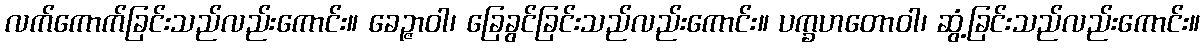
လက်ကောက်ခြင်းသည်လည်းကောင်း။ ခေဉ္ဇာဝါ၊ ခြေခွင်ခြင်းသည်လည်းကောင်း။ ပက္ခဟတောဝါ၊ ဆွံ့ခြင်းသည်လည်းကောင်း။